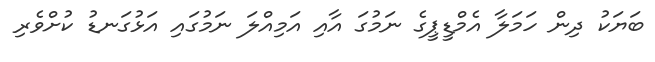
ބަޔަކު ދިން ހަމަލާ އެމްޑީޕީގެ ނަމުގަ އާއި އަމިއްލަ ނަމުގައި އަޅުގަނޑު ކުށްވެރި